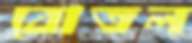
বোতল